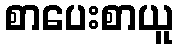
စာပေးစာယူ